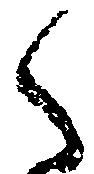
く